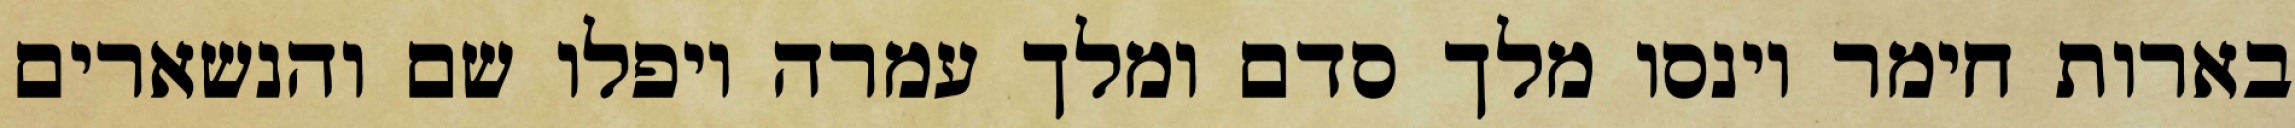
בארות חימר וינסו מלך סדם ומלך עמרה ויפלו שם והנשארים